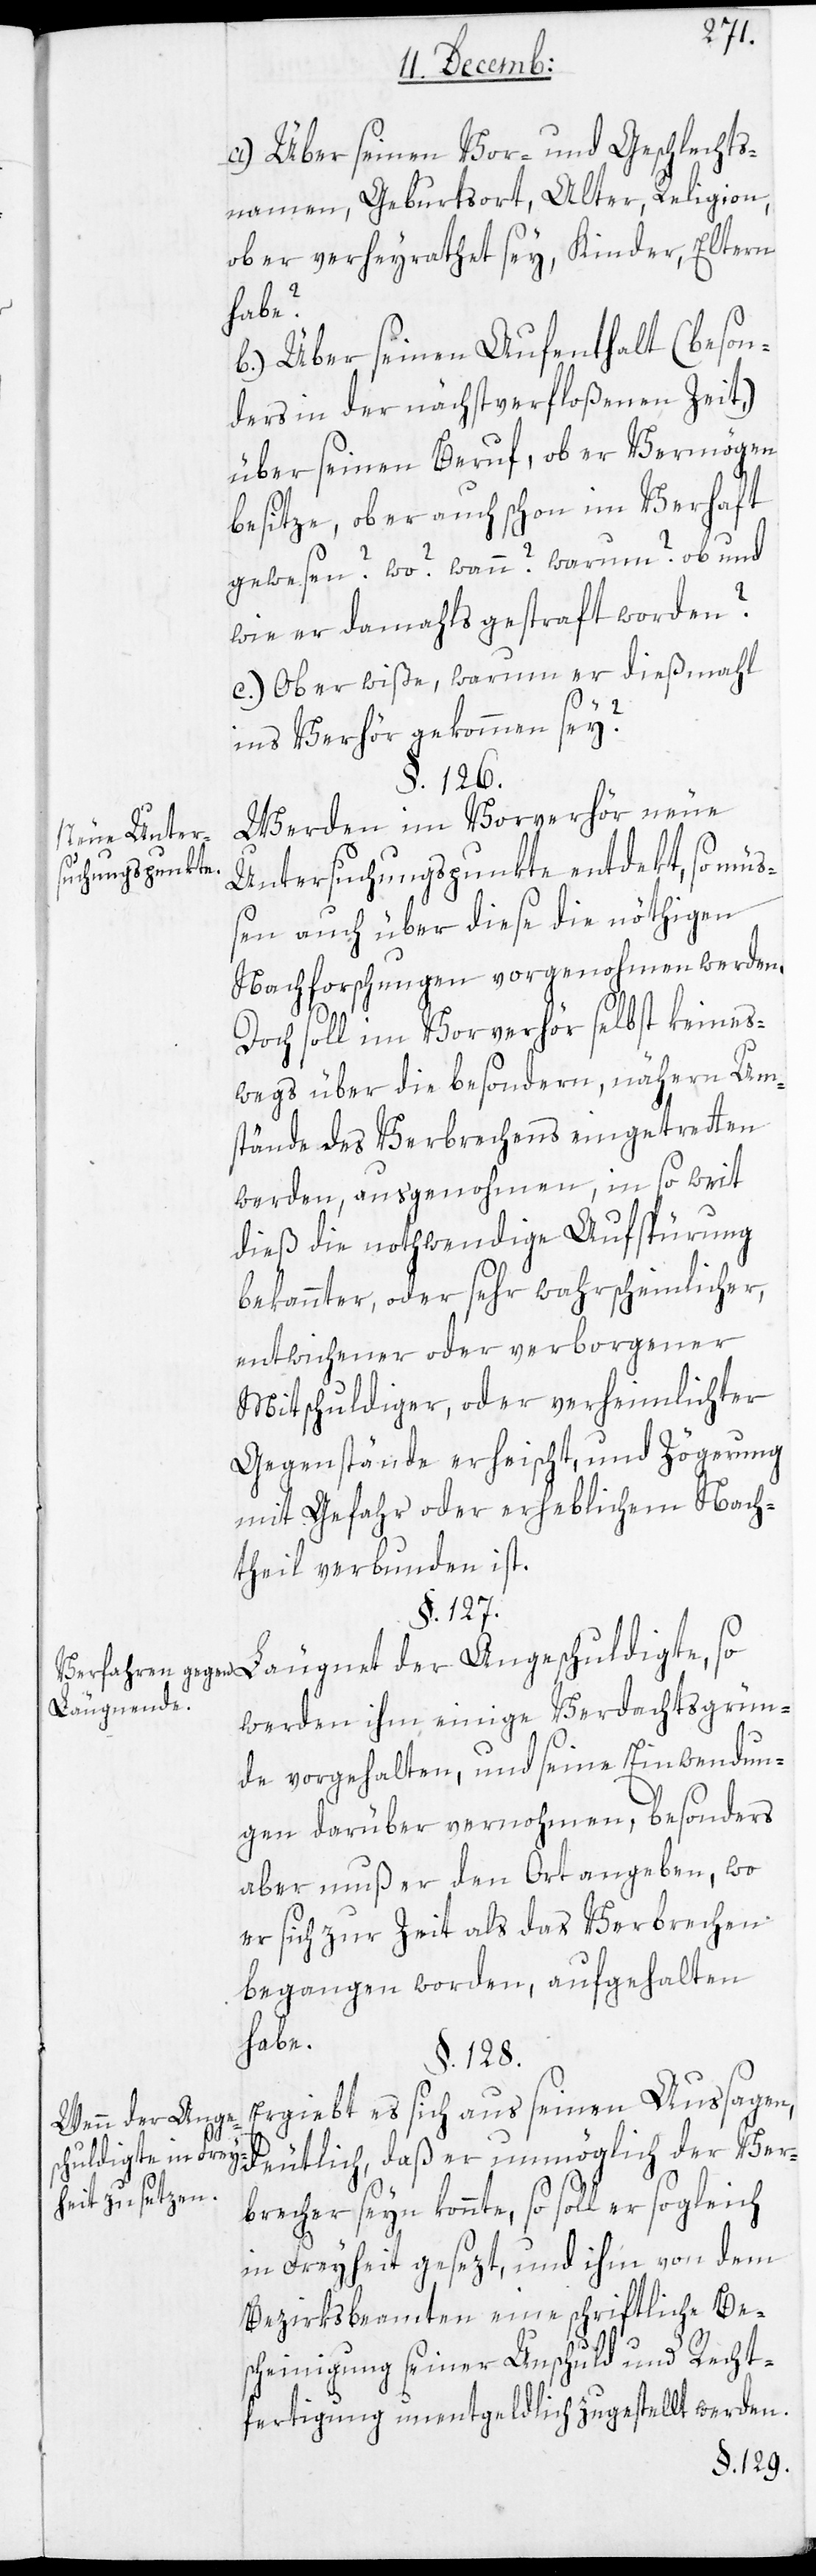
Neue Unter¬
suchungspunkte.
Verfahren gegen
Läugnende.
Wenn der Ange¬
schuldigte in Frey¬
heit zu setzen.

a) Über seinen Vor- und Geschlechts¬
namen, Geburtsort, Alter, Religion,
ob er verheyrathet sey, Kinder, Eltern
habe?
b.) Über seinen Aufenthalt (beson¬
ders in der nächstverfloßenen Zeit),
über seinen Beruf, ob er Vermögen
besitze, ob er auch schon im Verhaft
gewesen? wo? wann? warum? ob und
wie er damals gestraft worden?
c) Ob er wiße, warum er dießmahl
ins Verhör gekommen sei?
§. 126.
Werden im Vorverhör neue
Untersuchungspunkte entdekt, so müß¬
en auch über diese die nöthigen
Nachforschungen vorgenohmen werden.
Doch soll im Vorverhör selbst keines¬
wegs über die besondern, nähern Um¬
stände des Verbrechens eingetretten
werden, ausgenohmen, insoweit
dieß die nothwendige Aufspührung
bekannter, oder sehr wahrscheinlicher,
entwichener oder verborgener
Mitschuldiger, oder verheimlichter
Gegenstände erheischt, und Zögerung
mit Gefahr oder erheblichem Nach¬
theil verbunden ist.
§. 127.
Leugnet der Angeschuldigte, so
werden ihm einige Verdachtsgrün¬
de vorgehalten, und seine Einwendun¬
gen darüber vernohmen, besonders
aber muß er den Ort angeben, wo
er sich zur Zeit als das Verbrechen
begangen worden, aufgehalten
habe.
§. 128.
Ergiebt es sich aus seinen Aussagen
deutlich, daß er unmöglich der Ver¬
brecher seyn konnte, so soll er sogleich
in Freyheit gesezt, und ihm von dem
Bezirksbeamten eine schriftliche Be¬
scheinigung seiner Unschuld und Recht¬
fertigung unentgeldlich zugestellt werden.